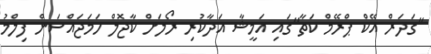
"ގަދަރް އޭކް ޕްރޭމް ކަތާ"ގައި އަމީޝާ އަދާކުރި ރޯލަށް ކާޖޮލް ހަމަޖައްސަން ފިލްމު